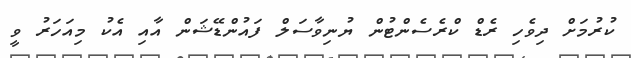
ކުރުމަށް ދިވެހި ރެޑް ކްރެސެންޓުން ޔުނިވާސަލް ފައުންޑޭޝަން އާއި އެކު މިއަހަރު ވީ